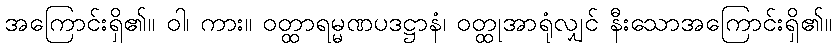
အကြောင်းရှိ၏။ ဝါ၊ ကား။ ဝတ္ထာရမ္မဏပဒဋ္ဌာနံ၊ ဝတ္ထုအာရုံလျှင် နီးသောအကြောင်းရှိ၏။